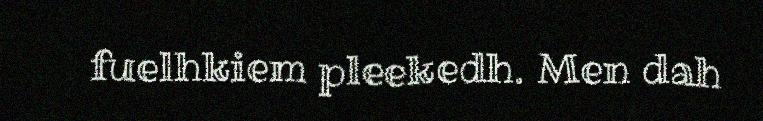
fuelhkiem pleekedh. Men dah